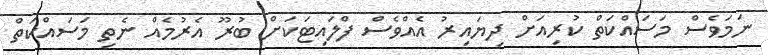
ނަމަވެސް މަސައްކަތް ކުރިއަށް ދިޔައިރު އެއްވެސް ފްލައިޓަކަށް ބުރޫ އެރުމެއް ނެތި މަސައްކަތް